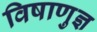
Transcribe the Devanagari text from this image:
विषाणुज्ञ